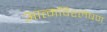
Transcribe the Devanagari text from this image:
आत्मविश्लेषण